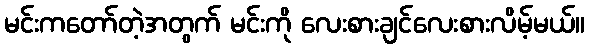
မင်းကတော်တဲ့အတွက် မင်းကို လေးစားချင်လေးစားလိမ့်မယ်။